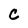
Character: c